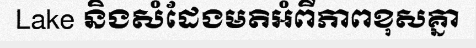
Lake និងសំដែងមតិអំពីភាពខុសគ្នា